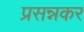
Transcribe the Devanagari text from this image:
प्रसन्नकर